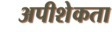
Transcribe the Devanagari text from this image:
अपीशेकता